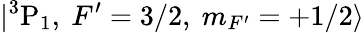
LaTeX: |{^3}\mathrm{P}_{1},~F^{\prime}=3/2,~m_{F^{\prime}}=+1/2\rangle